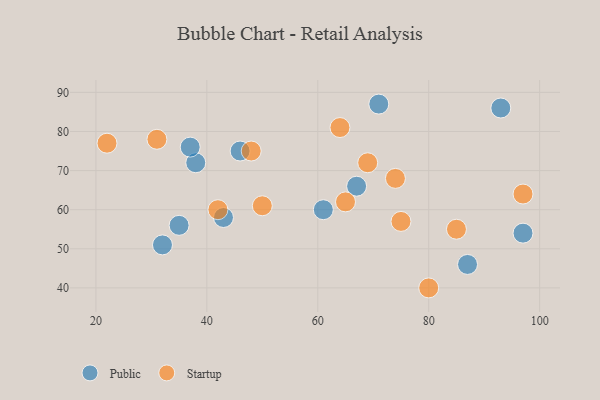
{"axis": {"x": "GDP", "y": "Life Expectancy"}, "legend": ["Public", "Startup"], "data": [{"x": "43", "y": 58, "type": "Public"}, {"x": "61", "y": 60, "type": "Public"}, {"x": "71", "y": 87, "type": "Public"}, {"x": "46", "y": 75, "type": "Public"}, {"x": "67", "y": 66, "type": "Public"}, {"x": "87", "y": 46, "type": "Public"}, {"x": "38", "y": 72, "type": "Public"}, {"x": "35", "y": 56, "type": "Public"}, {"x": "32", "y": 51, "type": "Public"}, {"x": "97", "y": 54, "type": "Public"}, {"x": "93", "y": 86, "type": "Public"}, {"x": "37", "y": 76, "type": "Public"}, {"x": "75", "y": 57, "type": "Startup"}, {"x": "85", "y": 55, "type": "Startup"}, {"x": "74", "y": 68, "type": "Startup"}, {"x": "50", "y": 61, "type": "Startup"}, {"x": "97", "y": 64, "type": "Startup"}, {"x": "48", "y": 75, "type": "Startup"}, {"x": "65", "y": 62, "type": "Startup"}, {"x": "69", "y": 72, "type": "Startup"}, {"x": "80", "y": 40, "type": "Startup"}, {"x": "22", "y": 77, "type": "Startup"}, {"x": "42", "y": 60, "type": "Startup"}, {"x": "64", "y": 81, "type": "Startup"}, {"x": "31", "y": 78, "type": "Startup"}]}